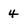
Character: 4